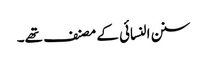
سنن النسائی کے مصنف تھے۔